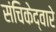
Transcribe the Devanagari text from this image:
संचिकेद्वारे